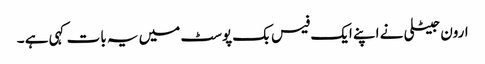
ارون جیٹلی نے اپنے ایک فیس بک پوسٹ میں یہ بات کہی ہے ۔